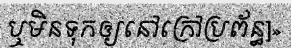
ឬមិនទុកឲ្យនៅក្រៅប្រព័ន្ធ]»